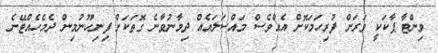
ވިންޓާ ޕާކަކީ ވަރަށް ފުރިހަމަކޮށް އެއްވެސް މައްސަލައެއް ދިމާނުވާނެ ގޮތަކަށް ފިނިހޫނުމިން ދެމެހެއްޓޭނެ